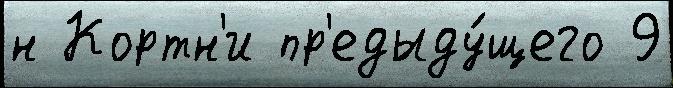
н Кортн'и пр'едыду́щего 9